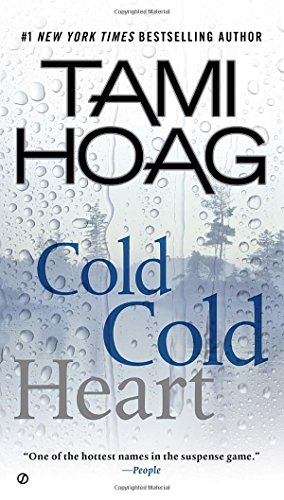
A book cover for Cold Cold Heart; Tami Hoag; Mystery, Thriller & Suspense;